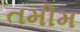
તમીમ